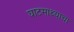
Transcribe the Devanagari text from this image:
घाटमाथ्याचा